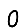
Digit: 0